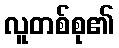
လူတစ်စု၏